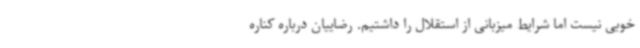
خوبی نیست اما شرایط میزبانی از استقلال را داشتیم. رضاییان درباره کناره